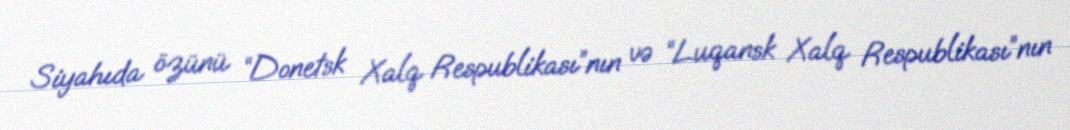
Siyahıda özünü “Donetsk Xalq Respublikası”nın və “Luqansk Xalq Respublikası”nın